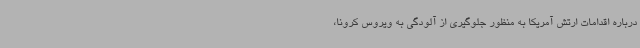
درباره اقدامات ارتش آمریکا به منظور جلوگیری از آلودگی به ویروس کرونا،